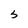
Character: S